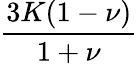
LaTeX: \frac{3K(1-\nu)}{1+\nu}